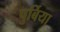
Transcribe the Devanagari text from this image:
पुर्बिया